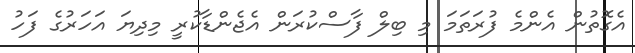
އެގޮތުން އެންމެ ފުރަތަމަ މި ބިލް ފާސްކުރަން އެޖެންޑާކުރީ މިދިޔަ އަހަރުގެ ފަހު